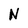
Character: N